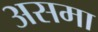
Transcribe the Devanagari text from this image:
असमा